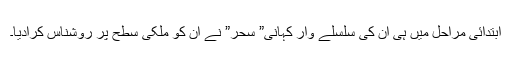
ابتدائی مراحل میں ہی اُن کی سلسلے وار کہانی” سحر” نے اُن کو ملکی سطح پر روشناس کرادیا۔